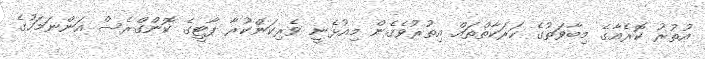
އުތުރު ކޮރެއާގެ މިބާވަތުގެ ހަރަކާތްތައް އިތުރުވެގެން މިއުޅެނީ ވެރިކަންކުރާ ޕާޓީގެ ކޮންގްރެސް އަންނަމަހުގެ